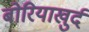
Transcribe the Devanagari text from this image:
बोरियाखुर्द